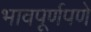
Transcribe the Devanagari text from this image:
भावपूर्णपणे